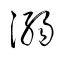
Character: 溺